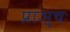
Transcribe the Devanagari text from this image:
प्राञ्चः